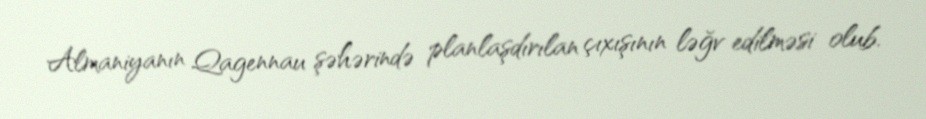
Almaniyanın Qagennau şəhərində planlaşdırılan çıxışının ləğv edilməsi olub.